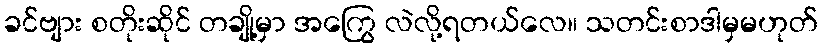
ခင်ဗျား စတိုးဆိုင် တချို့မှာ အကြွေ လဲလို့ရတယ်လေ။ သတင်းစာဒါမှမဟုတ်